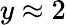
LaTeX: y\approx 2